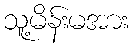
သူ့မိန်းမအား